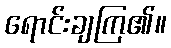
ရောင်းချကြ၏။